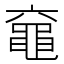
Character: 𪓖